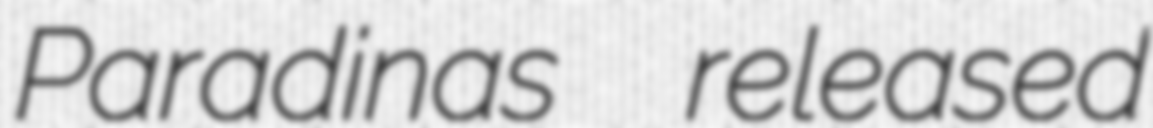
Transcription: Paradinas  released